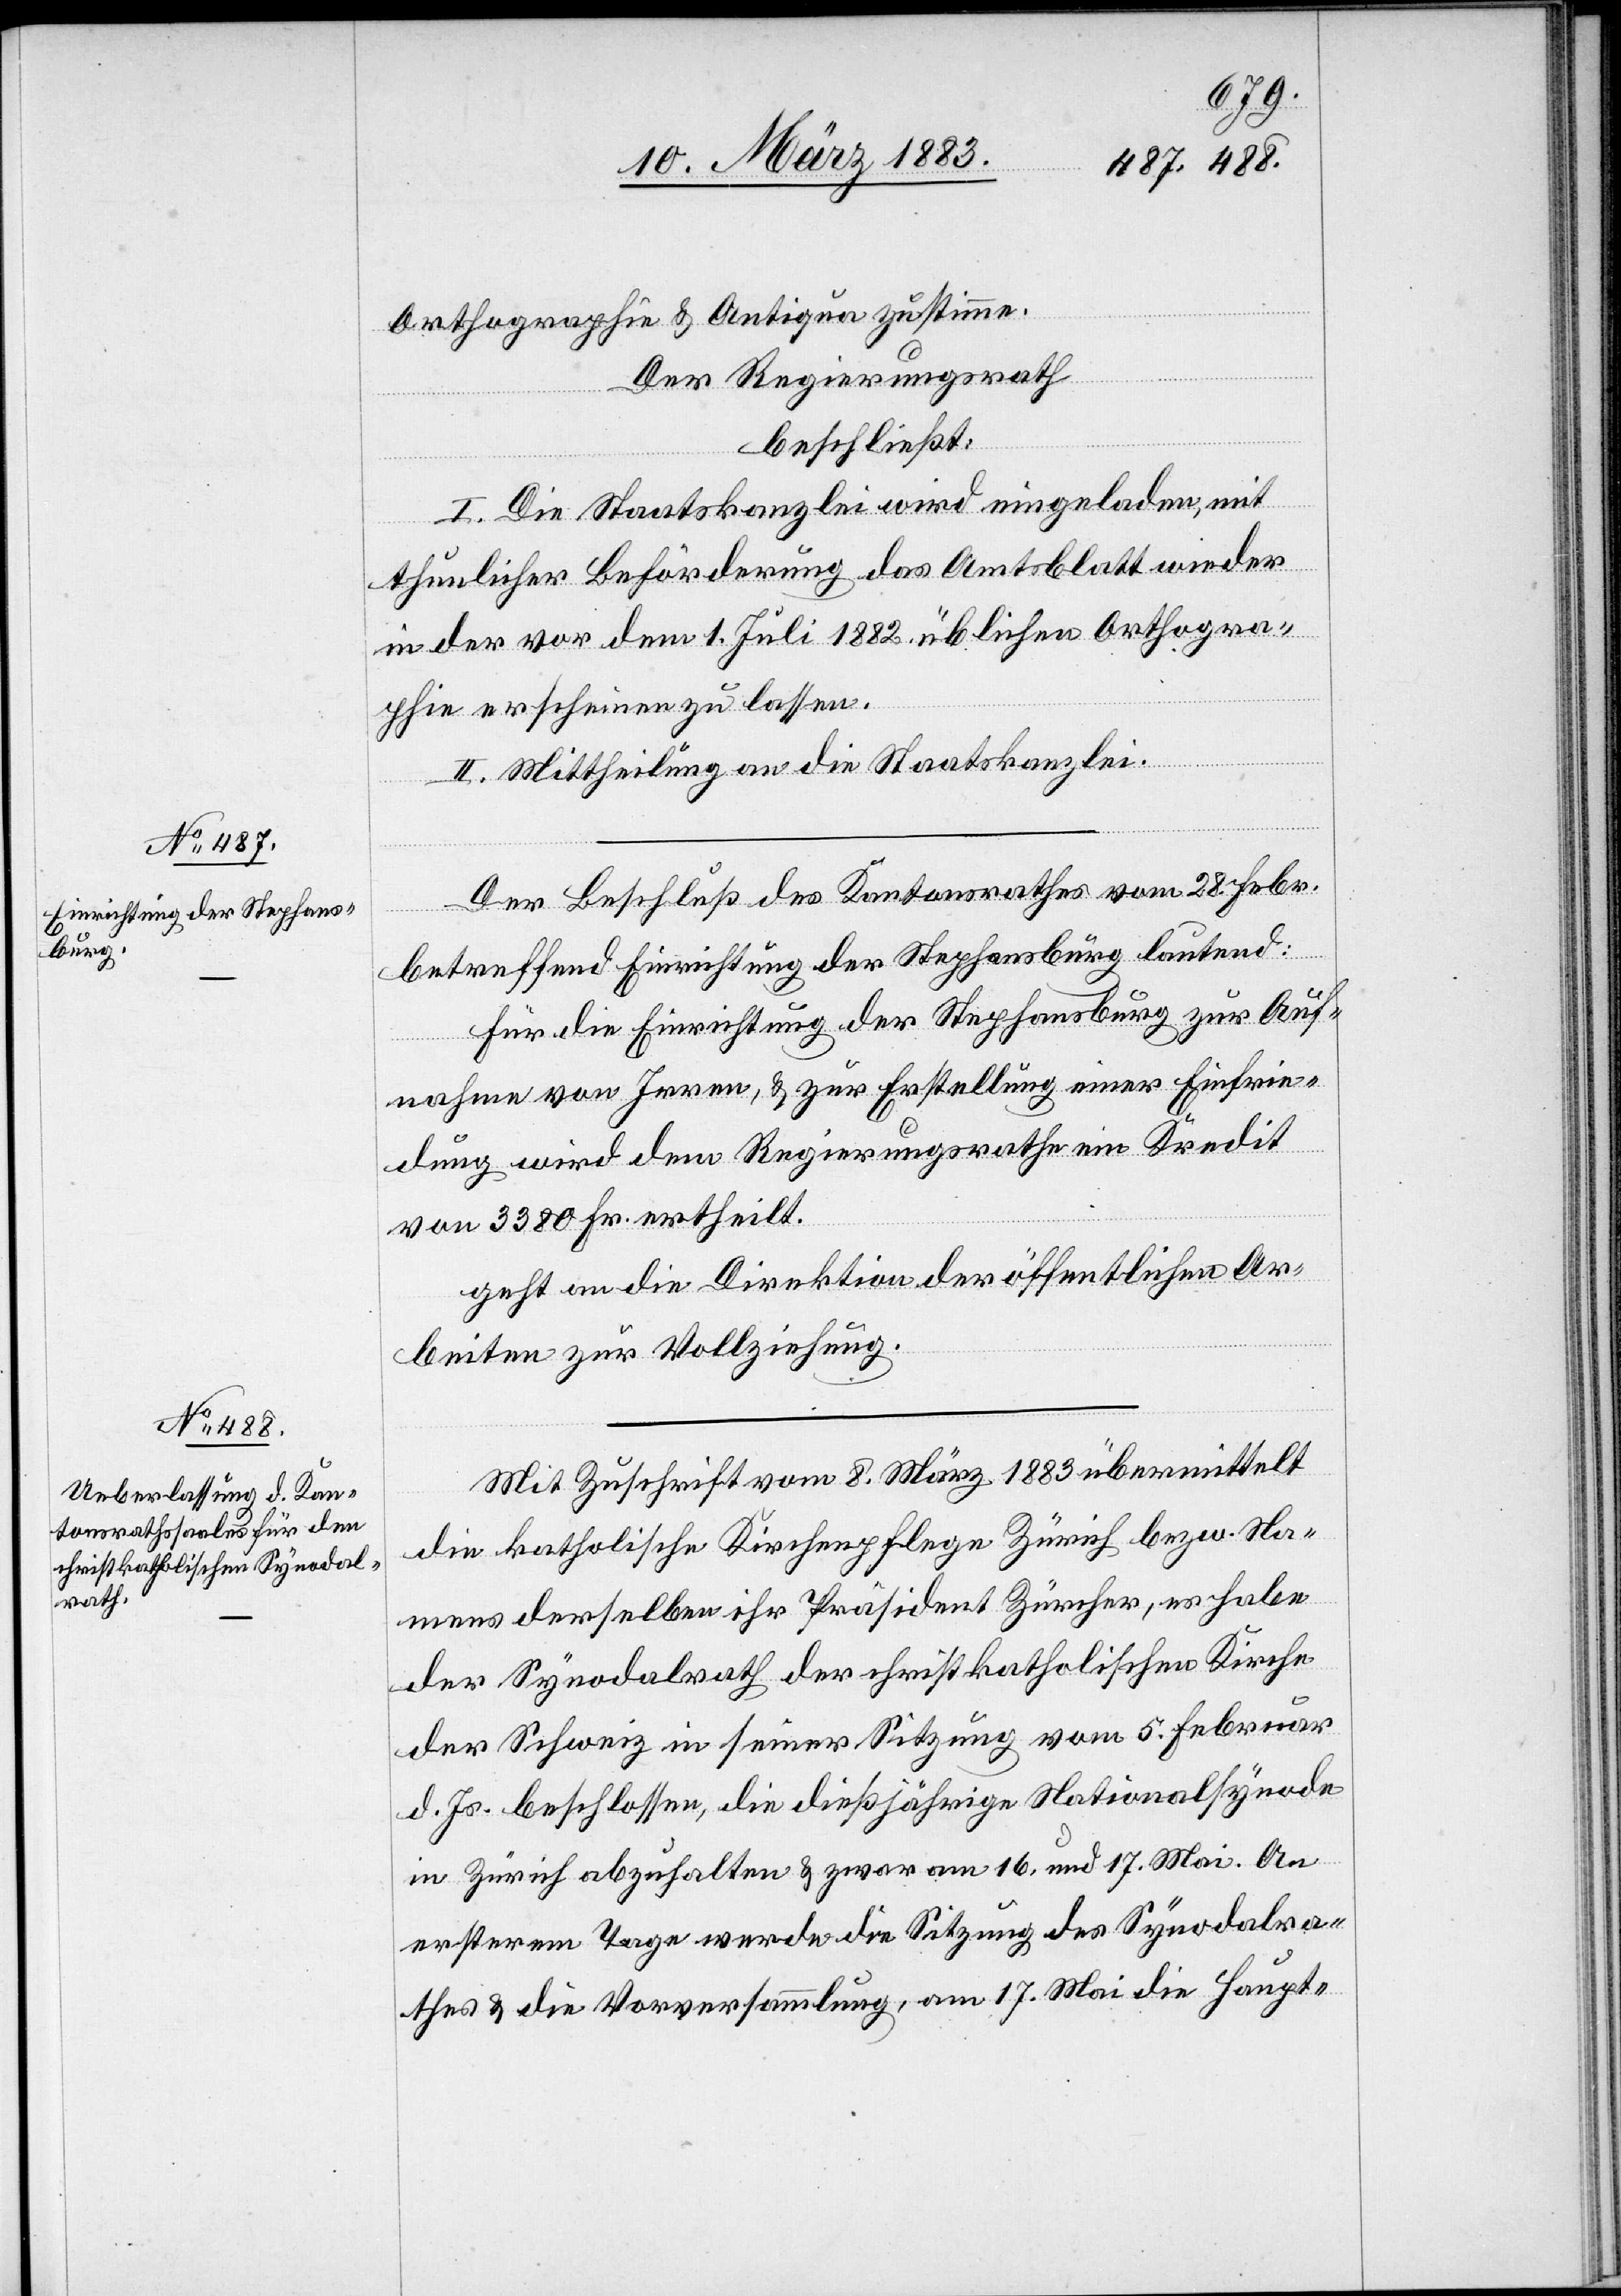
betr.

Der Regierungsrath
beschließt:
des Jahres
Der Beschluß des Kantonsrathes vom 27. Febr¬
von
& an die Direktion der öffentlichen Ar¬

die